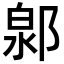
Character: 𨜩